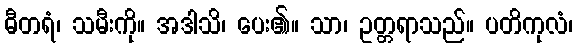
ဓီတရံ၊ သမီးကို။ အဒါသိ၊ ပေး၏။ သာ၊ ဥတ္တရာသည်။ ပတိကုလံ၊